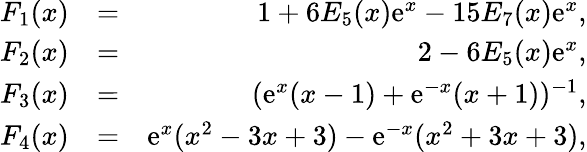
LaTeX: \begin{array}{rlr}{F_{1}(x)}&{=}&{1+6E_{5}(x)\mathrm{e}^{x}-15E_{7}(x)\mathrm{e}^{x},}\\ {F_{2}(x)}&{=}&{2-6E_{5}(x)\mathrm{e}^{x},}\\ {F_{3}(x)}&{=}&{(\mathrm{e}^{x}(x-1)+\mathrm{e}^{-x}(x+1))^{-1},}\\ {F_{4}(x)}&{=}&{\mathrm{e}^{x}(x^{2}-3x+3)-\mathrm{e}^{-x}(x^{2}+3x+3),}\end{array}